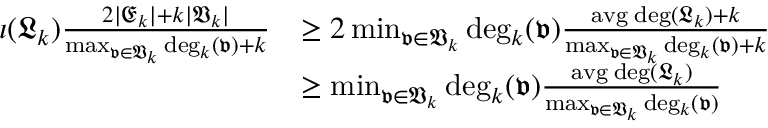
\begin{array} { r l } { \iota ( \mathfrak { L } _ { k } ) \frac { 2 | \mathfrak { E } _ { k } | + k | \mathfrak { V } _ { k } | } { \operatorname* { m a x } _ { \mathfrak { v } \in \mathfrak { V } _ { k } } \mathrm { d e g } _ { k } ( \mathfrak { v } ) + k } } & { \geq 2 \operatorname* { m i n } _ { \mathfrak { v } \in \mathfrak { V } _ { k } } \mathrm { d e g } _ { k } ( \mathfrak { v } ) \frac { \mathrm { a v g \; d e g } ( \mathfrak { L } _ { k } ) + k } { \operatorname* { m a x } _ { \mathfrak { v } \in \mathfrak { V } _ { k } } \mathrm { d e g } _ { k } ( \mathfrak { v } ) + k } } \\ & { \geq \operatorname* { m i n } _ { \mathfrak { v } \in \mathfrak { V } _ { k } } \mathrm { d e g } _ { k } ( \mathfrak { v } ) \frac { \mathrm { a v g \; d e g } ( \mathfrak { L } _ { k } ) } { \operatorname* { m a x } _ { \mathfrak { v } \in \mathfrak { V } _ { k } } \mathrm { d e g } _ { k } ( \mathfrak { v } ) } } \end{array}